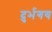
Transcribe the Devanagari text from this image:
दुर्भगय